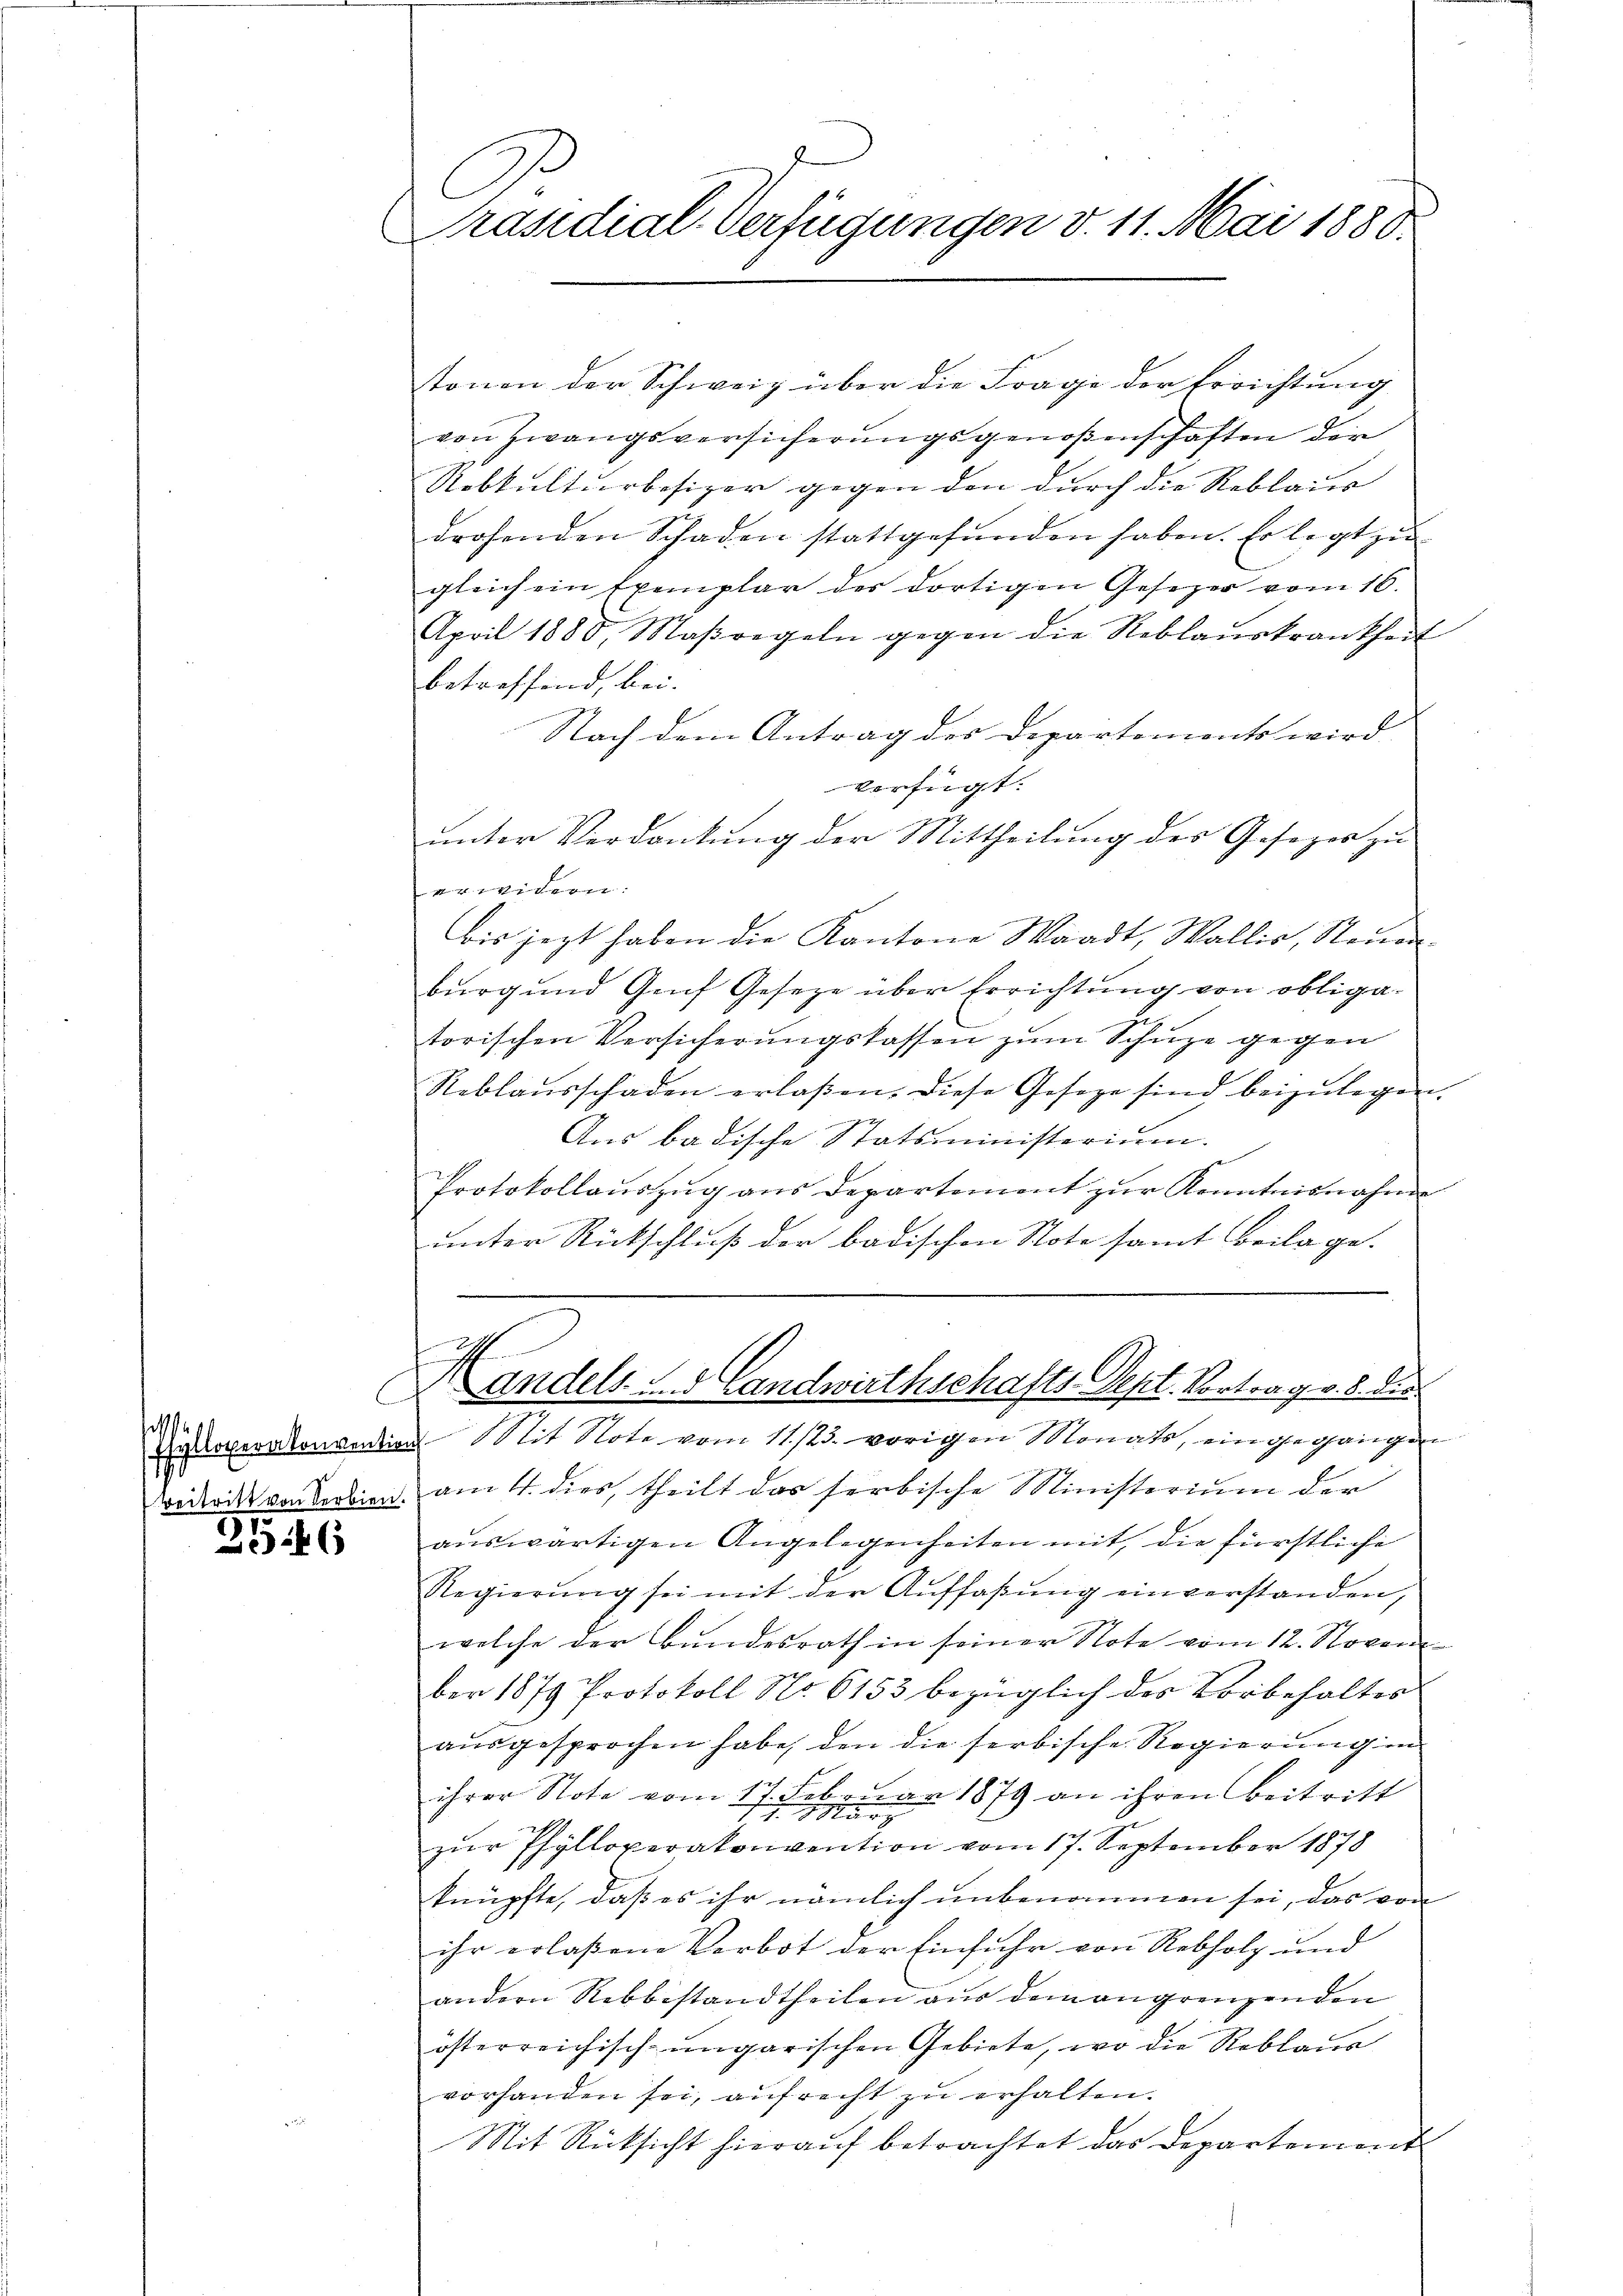
d
Beitritt von Serbien.

2546

Präsidial-Verfügungen d. 11. Mai 1880.
s

tonen der Schweiz über die Frage der Errichtung
von Zwangsversicherŭngsgenoßenschaften der
Rebkulturbesizer gegen den durch die Reblaus
drohenden Schaden stattgefunden haben. Er legt zu
gleich ein Exemplar des dortigen Gesezer vom 16.
April 1880, Maßregeln gegen die Reblaŭskrankheit
betreffend, bei |
Nach dem Antrag des Departements wird
verfügt:
unter Verdankung der Mittheilung des Gesezes zu
erwidern:
bis jezt haben die Kantone Waadt, Wallis, Neuen-
bŭrgŭnd Genf Gesetze über Errichtŭng von obliga-
torischen Versicherungskassen zum Schuze gegen
Reblaŭsschaden erlaßen. Diese Geseze sind beizŭlegen.
Ans badische Statsministerium.
Protokollaŭszŭg ans Departement zŭr Kenntnisnahme
unter Rückschluß der badischen Stote samt Beilage.

i
Landels und Landwirthschafts Dept. Vortrag v. 8. die

Einoperatenvention Mit Note vom 11./23. vorigen Monats, ein gegangen
am 4. dies, theilt das herbische Ministerium der
aŭswärtigen Angelegenheiten mit, die fürstliche
Regierŭng sei mit der Auffaßung einverstanden,
welche der Bundesrath in seiner Note vom 12. Novem
ber 1879 Protokoll No 6153 bezüglich des Vorbehaltes
ausgesprochen habe, den die serbische Regierung in
ihrer Note vom 17. Februar 1879 an ihren Beitritt

zur Pfylloperakonvention vom 17. September 1878
knüpfte, daß es ihr nämlich unbenommen sei, das von
ihr erlaßene Verbot der Einfuhr von Rebholz und
andern Rebbestandtheilen aus dem angrenzenden
österreichisch-ungarischen Gebiete, wo die Reblaue
vorhanden sei, aufrecht zŭ erhalten.
Mit Rücksicht hierauf betrachtet das Departement